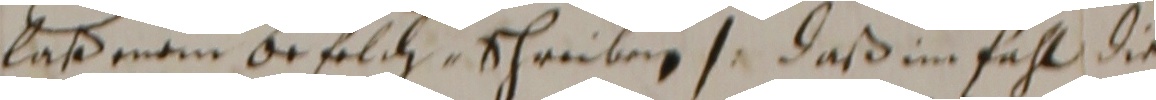
daß mamn orfelch schreiben  daß im fahl die